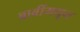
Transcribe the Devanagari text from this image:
बाबींमधून